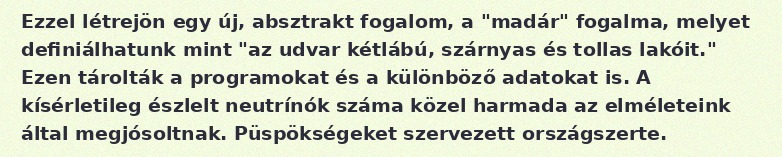
Ezzel létrejön egy új, absztrakt fogalom, a "madár" fogalma, melyet definiálhatunk mint "az udvar kétlábú, szárnyas és tollas lakóit." Ezen tárolták a programokat és a különböző adatokat is. A kísérletileg észlelt neutrínók száma közel harmada az elméleteink által megjósoltnak. Püspökségeket szervezett országszerte.